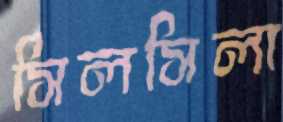
সিলসিলা